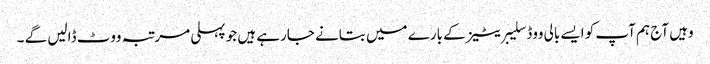
وہیں آج ہم آپ کو ایسے بالی ووڈ سلیبریٹیز کے بارے میں بتانے جارہے ہیں جو پہلی مرتبہ ووٹ ڈالیں گے ۔